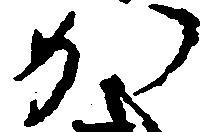
か